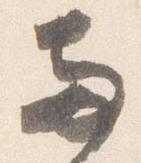
両